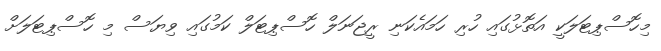
މިހޮސްޕިޓަލަކީ އަތޮޅުގައި ހުރި ހަމައެކަނި ރީޖަނަލް ހޮސްޕިޓަލް ކަމުގައި ވިޔަސް މި ހޮސްޕިޓަލަށް